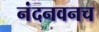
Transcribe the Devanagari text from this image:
नंदनवनच